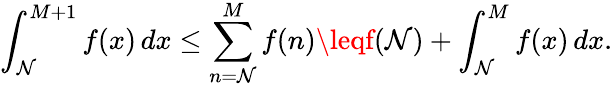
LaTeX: \int_{\mathcal{N}}^{M+1}f(x)\, dx\leq\sum_{n=\mathcal{N}}^{M}f(n)\leqf(\mathcal{N})+\int_{\mathcal{N}}^{M}f(x)\, dx.